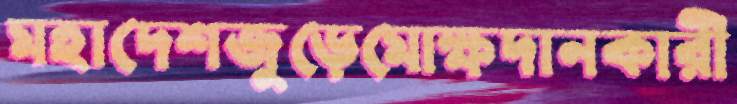
মহাদেশজুড়েমোক্ষদানকারী